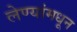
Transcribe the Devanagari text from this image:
लेण्यांमधून